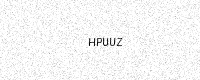
Text: HPUUZ